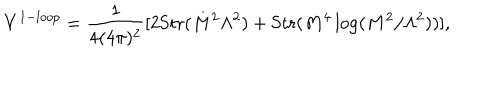
V ^ { 1 - l o o p } = \frac { 1 } { 4 ( 4 \pi ) ^ { 2 } } [ 2 \mathrm { S t r } ( M ^ { 2 } \Lambda ^ { 2 } ) + \mathrm { S t r } ( M ^ { 4 } \log ( M ^ { 2 } / \Lambda ^ { 2 } ) ) ] ,